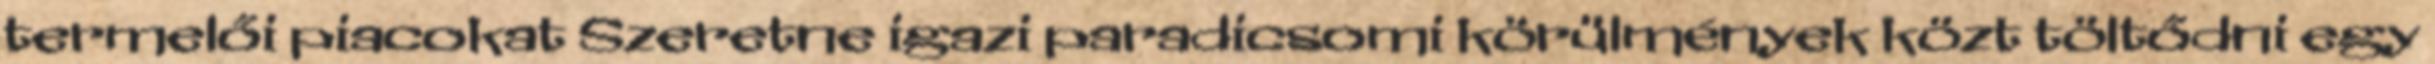
termelői piacokat Szeretne igazi paradicsomi körülmények közt töltődni egy